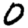
Digit: 0